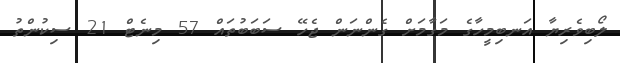
ލޯބިވެރިޔާ އަނބިމީހާގެ މަގާމަށް ގެންނަން ޖެހޭ ސަބަބުތައް 57 މިނެޓް 21 ސިކުންތު